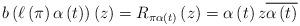
LaTeX: \begin{align*}b\left( \ell \left( \pi \right) \alpha \left( t\right) \right) \left(z\right) =R_{\pi \alpha \left( t\right) }\left( z\right) =\alpha \left(t\right) z\overline{\alpha \left( t\right) } \end{align*}